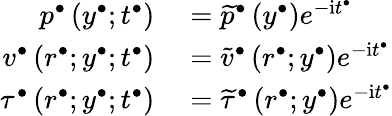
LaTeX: \begin{array}{rl}{p^{\bullet}\left(y^{\bullet};t^{\bullet}\right)}&{{}=\widetilde{p}^{\bullet}\left(y^{\bullet}\right)e^{-\mathrm{i}t^{\bullet}}}\\ {v^{\bullet}\left(r^{\bullet};y^{\bullet};t^{\bullet}\right)}&{{}=\widetilde{v}^{\bullet}\left(r^{\bullet};y^{\bullet}\right)e^{-\mathrm{i}t^{\bullet}}}\\ {\tau^{\bullet}\left(r^{\bullet};y^{\bullet};t^{\bullet}\right)}&{{}=\widetilde{\tau}^{\bullet}\left(r^{\bullet};y^{\bullet}\right)e^{-\mathrm{i}t^{\bullet}}}\end{array}